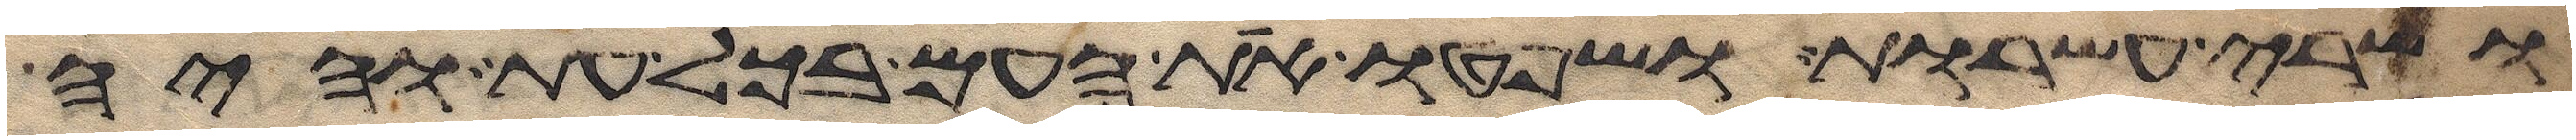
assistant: ושרי עשרות ושפטו את העם בכל עת והיה